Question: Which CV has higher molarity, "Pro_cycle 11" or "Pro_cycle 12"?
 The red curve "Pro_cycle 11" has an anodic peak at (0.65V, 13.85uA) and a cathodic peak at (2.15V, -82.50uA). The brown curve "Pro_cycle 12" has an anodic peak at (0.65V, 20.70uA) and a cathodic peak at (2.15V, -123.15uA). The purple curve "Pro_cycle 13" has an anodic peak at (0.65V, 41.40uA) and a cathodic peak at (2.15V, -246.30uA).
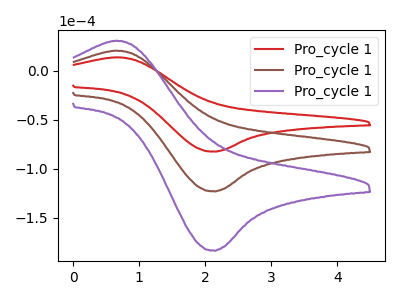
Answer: <think>All the peaks in "Pro_cycle 11" have a peak in "Pro_cycle 12" at the same potential. Every peak in "Pro_cycle 11" is lower than every peak in "Pro_cycle 12".
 </think>
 <answer>"Pro_cycle 11" has less signal than "Pro_cycle 12" and so likely has a lower concentration.</answer>
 <eval>less_concentration</eval>